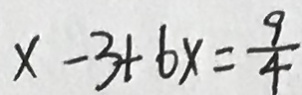
x - 3 + 6 x = \frac { 9 } { 4 }